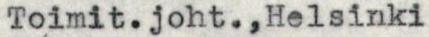
Toimit.joht.,Helsinki